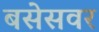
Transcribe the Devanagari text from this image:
बसेसवर